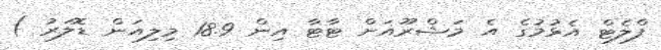
ފްލެޓް އެޅުމުގެ އެ މަޝްރޫއަށް ޓާޓާ އިން 18.9 މިލިއަން ޑޮލަރު )